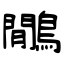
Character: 鷳